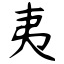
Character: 夷